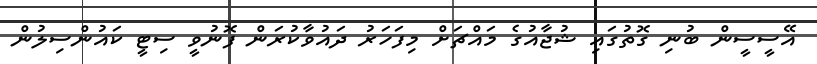
އޭސީސީން ބުނި ގޮތުގައި ޝުޖާއުގެ މައްޗަށް މިފަހަރު ދައުވާކުރަން ފޮނުވީ ސިޓީ ކައުންސިލުން